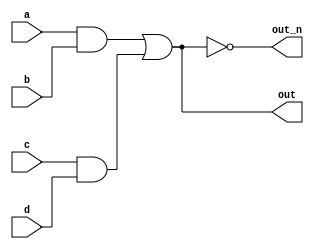
// https://hdlbits.01xz.net/wiki/Wire_decl

`default_nettype none
module top_module(
    input a,
    input b,
    input c,
    input d,
    output out,
    output out_n   );

    wire aandb;
    wire candd;

    assign aandb = a & b;
    assign candd = c & d;

    assign out = aandb | candd;
    assign out_n = ~out;

endmodule